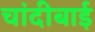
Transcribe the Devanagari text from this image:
चांदीबाई